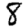
Digit: 8